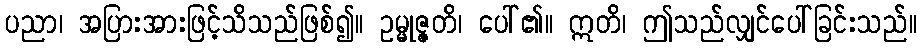
ပညာ၊ အပြားအားဖြင့်သိသည်ဖြစ်၍။ ဥမ္မုဇ္ဇတိ၊ ပေါ်၏။ ဣတိ၊ ဤသည်လျှင်ပေါ်ခြင်းသည်။